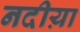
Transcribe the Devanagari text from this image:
नदीय़ा